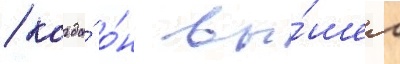
/ когда́ о́н вы́шел